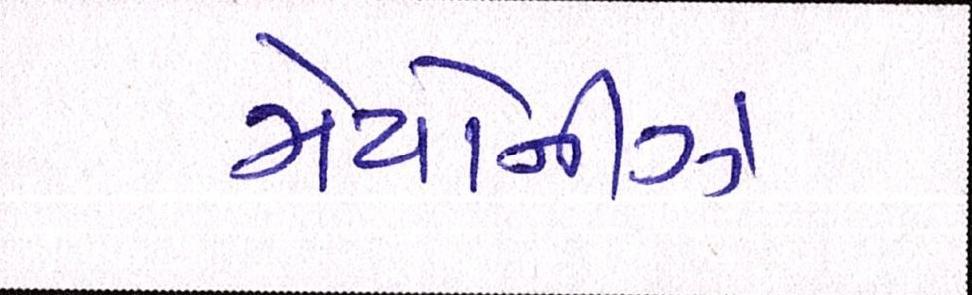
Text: મેયોનીઝ